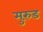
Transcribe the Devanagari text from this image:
मुरुंड